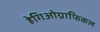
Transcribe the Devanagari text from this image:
हेगिओग्राफिकल